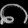
Digit: ၈